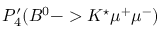
P _ { 4 } ^ { \prime } ( B ^ { 0 } - > K ^ { \star } \mu ^ { + } \mu ^ { - } )